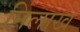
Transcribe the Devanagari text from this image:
निलाखे